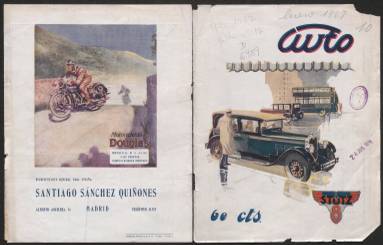
Título: Auto
Colección: Automovilismo
Ámbito geográfico: Madrid
Lugar de publicación: Madrid
Fechas: 31/01/1927-30/06/1931